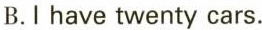
B.I have twenty cars。